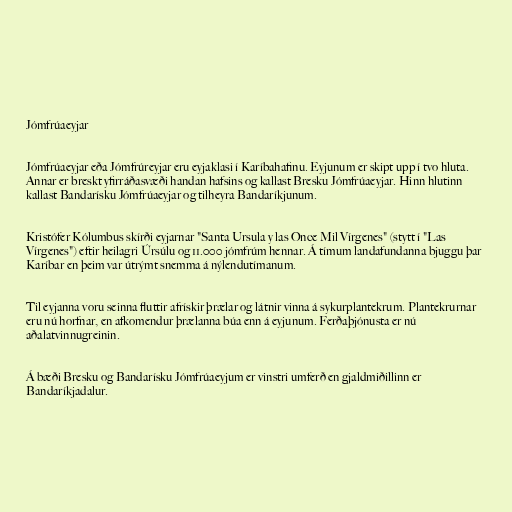
Jómfrúaeyjar

Jómfrúaeyjar eða Jómfrúreyjar eru eyjaklasi í Karíbahafinu. Eyjunum er skipt upp í tvo hluta.
Annar er breskt yfirráðasvæði handan hafsins og kallast Bresku Jómfrúaeyjar. Hinn hlutinn
kallast Bandarísku Jómfrúaeyjar og tilheyra Bandaríkjunum.

Kristófer Kólumbus skírði eyjarnar "Santa Ursula y las Once Mil Vírgenes" (stytt í "Las
Vírgenes") eftir heilagri Úrsúlu og 11.000 jómfrúm hennar. Á tímum landafundanna bjuggu þar
Karíbar en þeim var útrýmt snemma á nýlendutímanum.

Til eyjanna voru seinna fluttir afrískir þrælar og látnir vinna á sykurplantekrum. Plantekrurnar
eru nú horfnar, en afkomendur þrælanna búa enn á eyjunum. Ferðaþjónusta er nú
aðalatvinnugreinin.

Á bæði Bresku og Bandarísku Jómfrúaeyjum er vinstri umferð en gjaldmiðillinn er
Bandaríkjadalur.